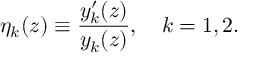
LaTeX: \eta _ { k } ( z ) \equiv \frac { y _ { k } ^ { \prime } ( z ) } { y _ { k } ( z ) } , \quad k = 1 , 2 .